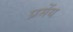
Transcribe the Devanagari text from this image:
प्रमेंय